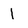
Character: 1